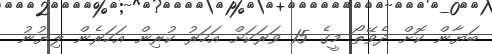
ބަޔާން ކޮށް ދެވޭތޯ މީގެ 15 ވަރަކަށް އަހަރު ކުރިން އަހަރެން ލިޔުނު